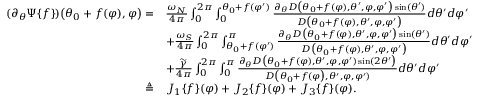
\begin{array} { r l } { ( \partial _ { \theta } \Psi \{ f \} ) \big ( \theta _ { 0 } + f ( \varphi ) , \varphi \big ) = } & { \frac { \omega _ { N } } { 4 \pi } \int _ { 0 } ^ { 2 \pi } \int _ { 0 } ^ { \theta _ { 0 } + f ( \varphi ^ { \prime } ) } \frac { \partial _ { \theta } D \big ( \theta _ { 0 } + f ( \varphi ) , \theta ^ { \prime } , \varphi , \varphi ^ { \prime } \big ) \sin ( \theta ^ { \prime } ) } { D \big ( \theta _ { 0 } + f ( \varphi ) , \theta ^ { \prime } , \varphi , \varphi ^ { \prime } \big ) } d \theta ^ { \prime } d \varphi ^ { \prime } } \\ & { + \frac { \omega _ { S } } { 4 \pi } \int _ { 0 } ^ { 2 \pi } \int _ { \theta _ { 0 } + f ( \varphi ^ { \prime } ) } ^ { \pi } \frac { \partial _ { \theta } D \big ( \theta _ { 0 } + f ( \varphi ) , \theta ^ { \prime } , \varphi , \varphi ^ { \prime } \big ) \sin ( \theta ^ { \prime } ) } { D \big ( \theta _ { 0 } + f ( \varphi ) , \theta ^ { \prime } , \varphi , \varphi ^ { \prime } \big ) } d \theta ^ { \prime } d \varphi ^ { \prime } } \\ & { + \frac { \widetilde { \gamma } } { 4 \pi } \int _ { 0 } ^ { 2 \pi } \int _ { 0 } ^ { \pi } \frac { \partial _ { \theta } D \big ( \theta _ { 0 } + f ( \varphi ) , \theta ^ { \prime } , \varphi , \varphi ^ { \prime } ) \sin ( 2 \theta ^ { \prime } \big ) } { D \big ( \theta _ { 0 } + f ( \varphi \big ) , \theta ^ { \prime } , \varphi , \varphi ^ { \prime } ) } d \theta ^ { \prime } d \varphi ^ { \prime } } \\ { \triangleq } & { J _ { 1 } \{ f \} ( \varphi ) + J _ { 2 } \{ f \} ( \varphi ) + J _ { 3 } \{ f \} ( \varphi ) . } \end{array}